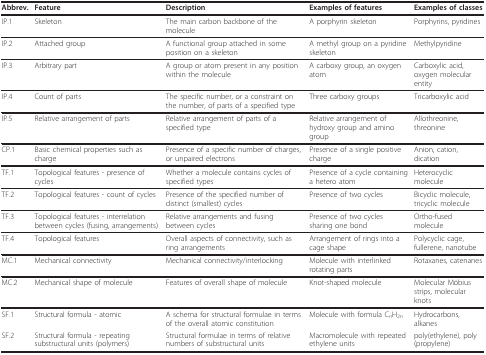
<table><thead><tr><td><b>Abbrev.</b></td><td><b>Feature</b></td><td><b>Description</b></td><td><b>Examples of features</b></td><td><b>Examples of classes</b></td></tr></thead><tbody><tr><td>IP.1</td><td>Skeleton</td><td>The main carbon backbone of the molecule</td><td>A porphyrin skeleton</td><td>Porphyrins, pyridines</td></tr><tr><td>IP.2</td><td>Attached group</td><td>A functional group attached in some position on a skeleton</td><td>A methyl group on a pyridine skeleton</td><td>Methylpyridine</td></tr><tr><td>IP.3</td><td>Arbitrary part</td><td>A group or atom present in any position within the molecule</td><td>A carboxy group, an oxygen atom</td><td>Carboxylic acid, oxygen molecular entity</td></tr><tr><td>IP.4</td><td>Count of parts</td><td>The specific number, or a constraint on the number, of parts of a specified type</td><td>Three carboxy groups</td><td>Tricarboxylic acid</td></tr><tr><td>IP.5</td><td>Relative arrangement of parts</td><td>Relative arrangement of parts of a specified type</td><td>Relative arrangement of hydroxy group and amino group</td><td>Allothreonine, threonine</td></tr><tr><td>CP.1</td><td>Basic chemical properties such as charge</td><td>Presence of a specific number of charges, or unpaired electrons</td><td>Presence of a single positive charge</td><td>Anion, cation, dication</td></tr><tr><td>TF.1</td><td>Topological features - presence of cycles</td><td>Whether a molecule contains cycles of specified types</td><td>Presence of a cycle containing a hetero atom</td><td>Heterocyclic molecule</td></tr><tr><td>TF.2</td><td>Topological features - count of cycles</td><td>Presence of the specified number of distinct (smallest) cycles</td><td>Presence of two cycles</td><td>Bicyclic molecule, tricyclic molecule</td></tr><tr><td>TF.3</td><td>Topological features - interrelation between cycles (fusing, arrangements)</td><td>Relative arrangements and fusing between cycles</td><td>Presence of two cycles sharing one bond</td><td>Ortho-fused molecule</td></tr><tr><td>TF.4</td><td>Topological features</td><td>Overall aspects of connectivity, such as ring arrangements</td><td>Arrangement of rings into a cage shape</td><td>Polycyclic cage, fullerene, nanotube</td></tr><tr><td>MC.1</td><td>Mechanical connectivity</td><td>Mechanical connectivity/interlocking</td><td>Molecule with interlinked rotating parts</td><td>Rotaxanes, catenanes</td></tr><tr><td>MC.2</td><td>Mechanical shape of molecule</td><td>Features of overall shape of molecule</td><td>Knot-shaped molecule</td><td>Molecular Möbius strips, molecular knots</td></tr><tr><td>SF.1</td><td>Structural formula - atomic</td><td>A schema for structural formulae in terms of the overall atomic constitution</td><td>Molecule with formula C<i><sub>n</sub></i>H<sub>2<i>n</i></sub></td><td>Hydrocarbons, alkanes</td></tr><tr><td>SF.2</td><td>Structural formula - repeating substructural units (polymers)</td><td>Structural formulae in terms of relative numbers of substructural units</td><td>Macromolecule with repeated ethylene units</td><td>poly(ethylene), poly(propylene)</td></tr></tbody></table>